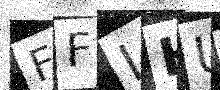
Text: FFLHU8